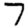
Digit: 7